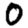
Digit: 0